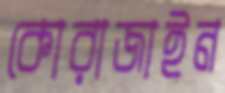
কোরাজাইন